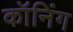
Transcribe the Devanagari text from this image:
कॉनिंग